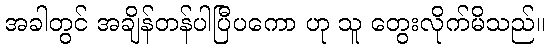
အခါတွင် အချိန်တန်ပါပြီပကော ဟု သူ တွေးလိုက်မိသည်။